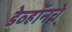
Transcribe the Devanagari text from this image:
डेव्हॉनचे